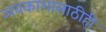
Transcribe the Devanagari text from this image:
अवकाशासाठीही